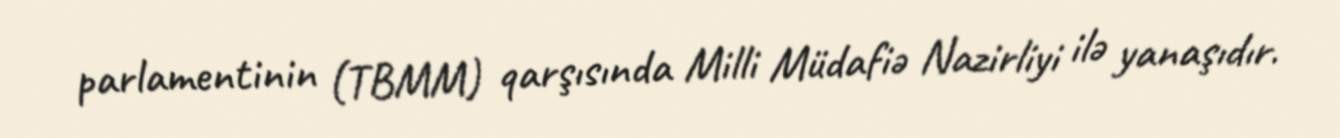
parlamentinin (TBMM) qarşısında Milli Müdafiə Nazirliyi ilə yanaşıdır.